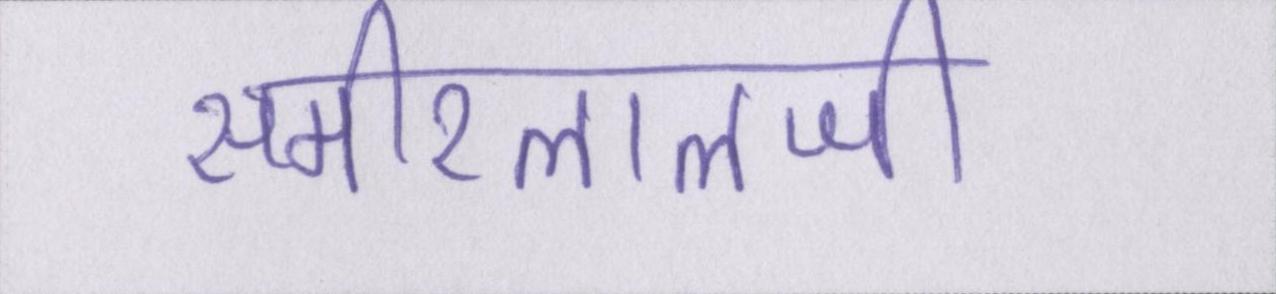
समीरलालजी